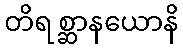
တိရစ္ဆာနယောနိ